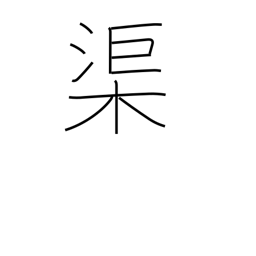
Meaning: canal